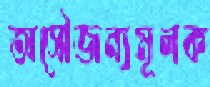
অসৌজন্যমূলক